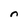
Character: n